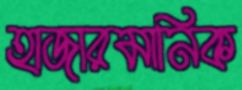
হাজারমানিক